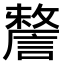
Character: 𧫬